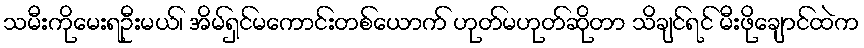
သမီးကိုမေးရဦးမယ်၊ အိမ်ရှင်မကောင်းတစ်ယောက် ဟုတ်မဟုတ်ဆိုတာ သိချင်ရင် မီးဖိုချောင်ထဲက